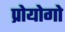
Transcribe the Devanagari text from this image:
प्रोयोगो